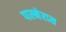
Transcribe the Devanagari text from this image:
पाल्मेरास